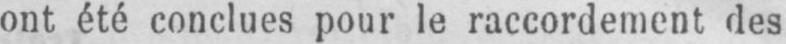
ont été conclues pour le raccordement des